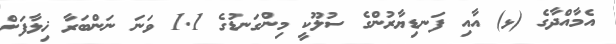
އެމާއްދާގެ (ޅ) އާއި ފަނޑިޔާރުންގެ ސުލޫކީ މިންގަނޑުގެ 1.1 ވަނަ ނަންބަރާ ޚިލާފަށް